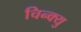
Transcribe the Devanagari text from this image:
चिन्क्यु